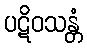
ပဋိဝသန္တံ